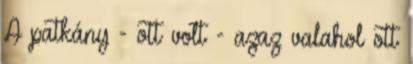
A patkány - ott volt - azaz valahol ott